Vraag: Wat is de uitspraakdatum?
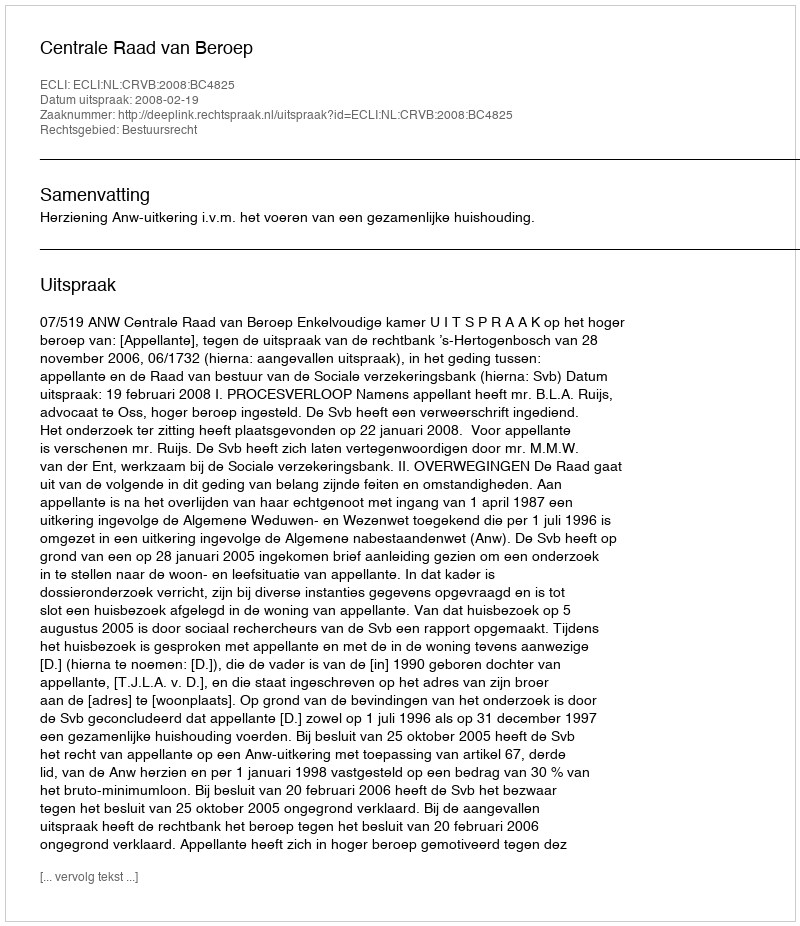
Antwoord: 2008-02-19